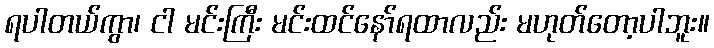
ရပါတယ်ကွာ၊ ငါ မင်းကြီး မင်းထင်နော်ရထာလည်း မဟုတ်တော့ပါဘူး။